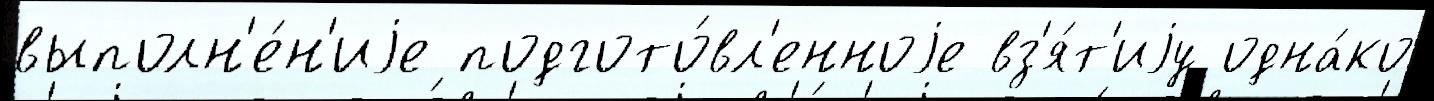
выполн'е́н'иjе подгото́вл'енноjе вз'я́т'иjу одна́ко